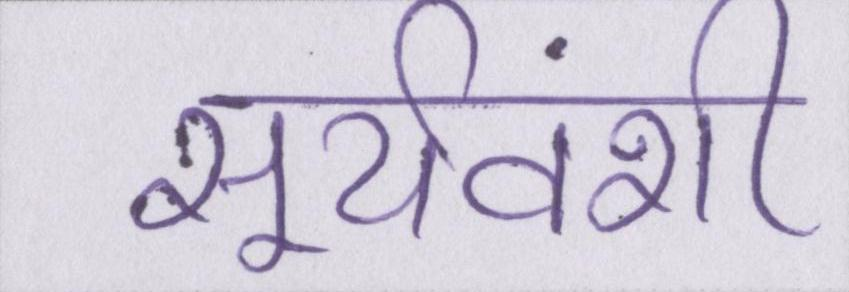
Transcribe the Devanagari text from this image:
सूर्यवंशी